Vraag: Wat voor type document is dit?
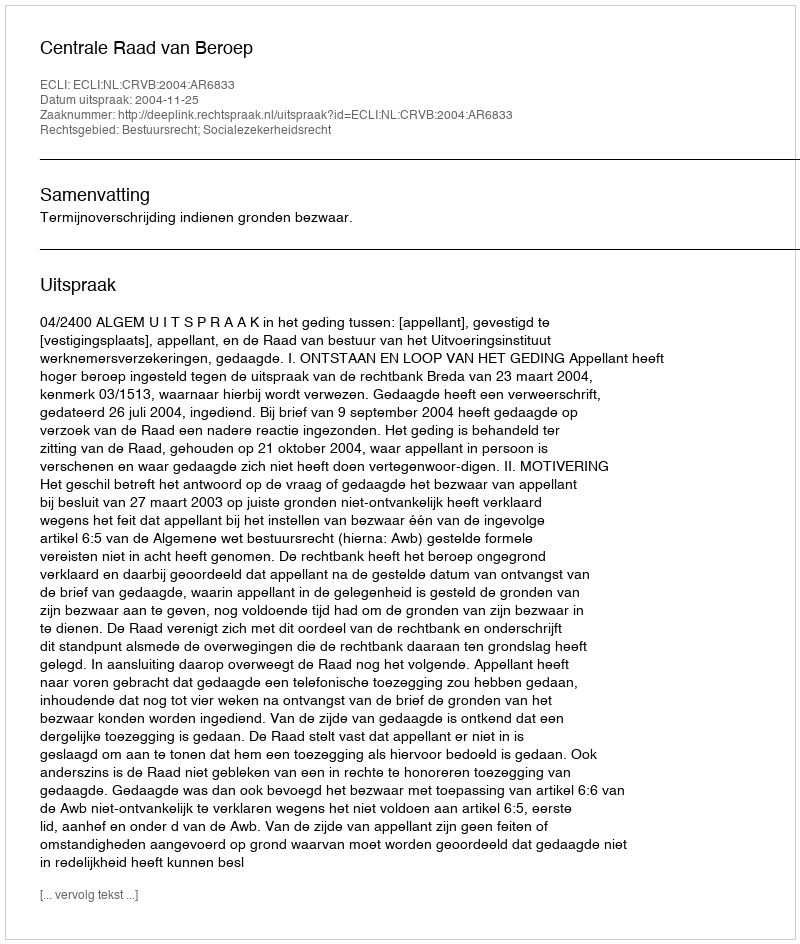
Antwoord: Uitspraak